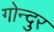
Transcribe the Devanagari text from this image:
गोन्दुर